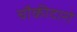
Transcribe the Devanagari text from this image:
चौकीदारो